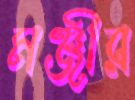
মঞ্জীর